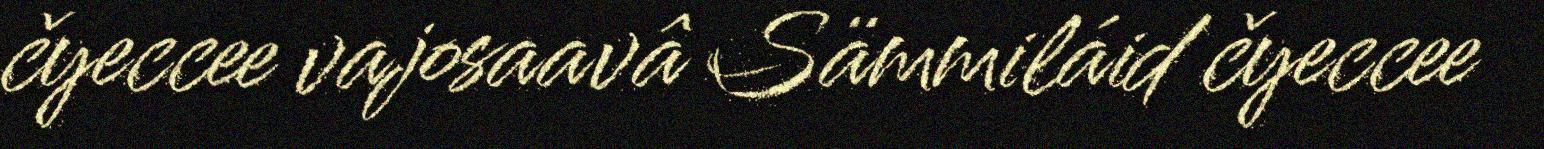
čyeccee vajosaavâ Sämmiláid čyeccee